Scottish Certificate of Education, 1963
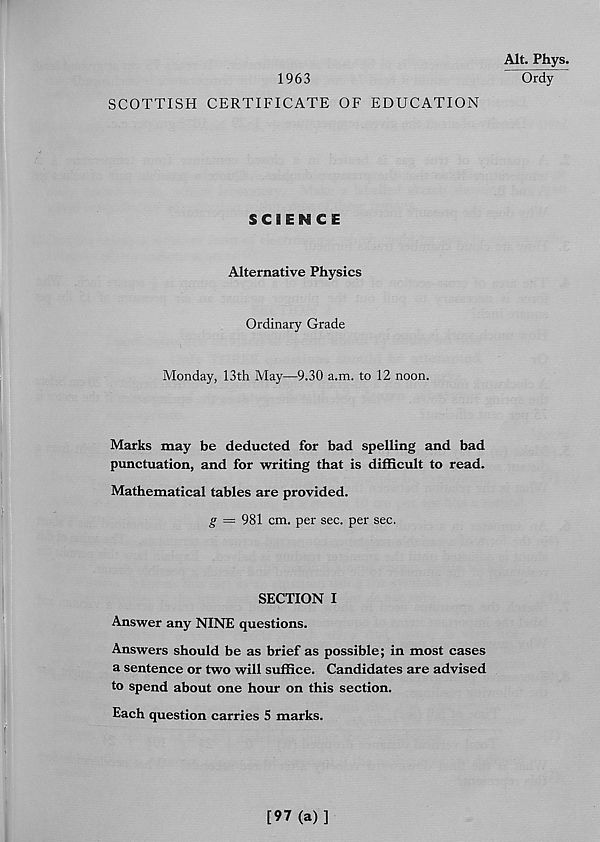
1963
SCOTTISH CERTIFICATE OF EDUCATION
Alt. Phys.
Ordy
SCIENCE
Alternative Physics
Ordinary Grade
Monday, 13th May—9.30 a.m. to 12 noon.
Marks may be deducted for bad spelling and bad
punctuation, and for writing that is difficult to read.
Mathematical tables are provided.
g = 981 cm. per sec. per sec.
SECTION I
Answer any NINE questions.
Answers should be as brief as possible; in most cases
a sentence or two will suffice. Candidates are advised
to spend about one hour on this section.
Each question carries 5 marks.
[97 (a)]